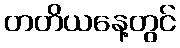
တတိယနေ့တွင်